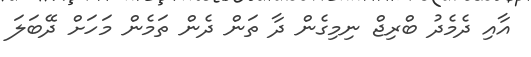
އާއި ދެމެދު ބްރިޖް ނިމިގެން ދާ ތަން ދެން ތަމެން މަަހަށް ދޭބަލަ